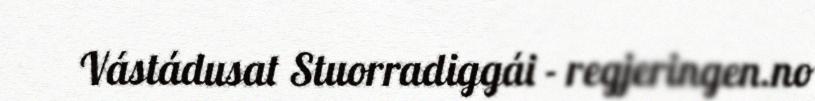
Vástádusat Stuorradiggái - regjeringen.no